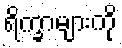
ရိက္ခာများကို